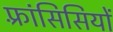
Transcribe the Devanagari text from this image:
फ़्रांसिसियों